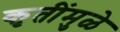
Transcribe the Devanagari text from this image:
कृतींमुळे